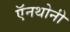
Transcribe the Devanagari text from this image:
ऍनथोनी